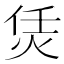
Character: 𤇲